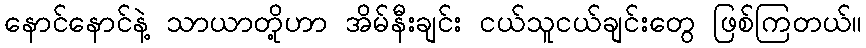
နောင်နောင်နဲ့ သာယာတို့ဟာ အိမ်နီးချင်း ငယ်သူငယ်ချင်းတွေ ဖြစ်ကြတယ်။